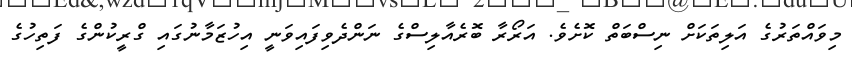
މިވައްތަރުގެ އަލިތަކަށް ނިސްބަތް ކޮށެވެ. އަރޯރާ ބޮރެއާލިސްގެ ނަންދެވިފައިވަނީ އިހުޒަމާނުގައި ގްރީކުންގެ ފަތިހުގެ